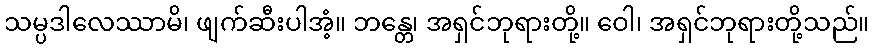
သမ္ပဒါလေဿာမိ၊ ဖျက်ဆီးပါအံ့။ ဘန္တေ၊ အရှင်ဘုရားတို့။ ဝေါ၊ အရှင်ဘုရားတို့သည်။